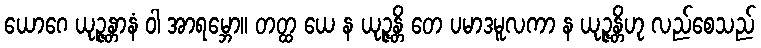
ယောဂေ ယုဉ္ဇန္တာနံ ဝါ အာရမ္ဘော။ တတ္ထ ယေ န ယုဉ္ဇန္တိ တေ ပမာဒမူလကာ န ယုဉ္ဇန္တိဟု လည်စေသည်